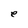
Character: e